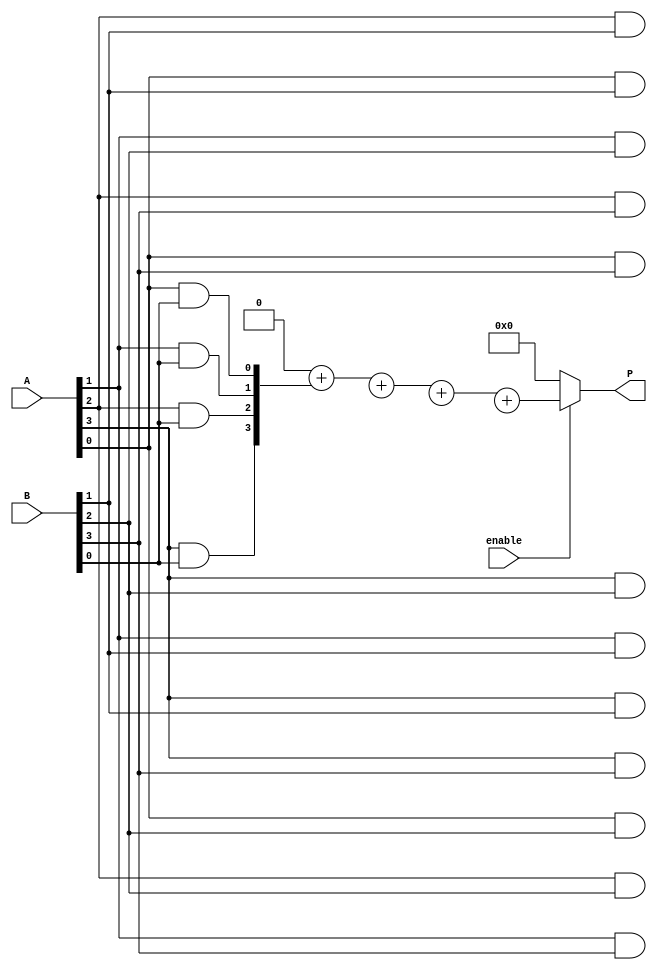
module vedic_multiplier #(
    parameter N = 4 // You can change N for different bit-widths
)(
    input [N-1:0] A,      // N-bit input A
    input [N-1:0] B,      // N-bit input B
    input enable,         // Enable signal
    output reg [2*N-1:0] P // (2N)-bit output product
);

    reg [2*N-1:0] partial_products [0:N-1]; // Partial products storage

    // Generate partial products
    integer i, j;
    always @(*) begin
        if (enable) begin
            // Initialize product to zero
            P = 0;
            
            // Generate Partial Products
            for (i = 0; i < N; i = i + 1) begin
                for (j = 0; j < N; j = j + 1) begin
                    partial_products[i][j + i] = A[j] & B[i]; // AND operation
                end
            end
            
            // Add Partial Products
            for (i = 0; i < N; i = i + 1) begin
                P = P + partial_products[i]; // Accumulate the partial products
            end
        end else begin
            P = 0; // If not enabled, output should be zero
        end
    end

endmodule